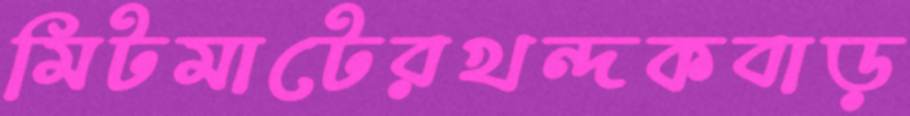
মিটমাটেরখন্দকবাড়